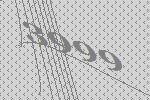
3999